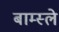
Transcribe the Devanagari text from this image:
बाम्स्ले